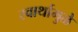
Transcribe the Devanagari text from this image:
स्वार्थामुळे